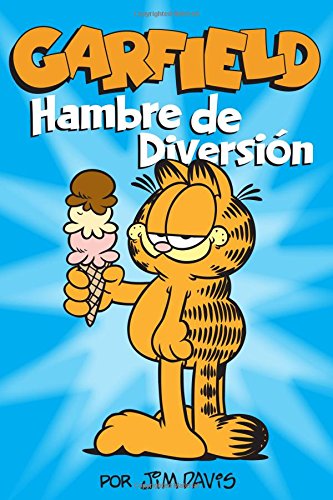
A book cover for Garfield: Hambre de Diversion (Spanish Edition); Jim Davis; Children's Books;